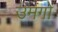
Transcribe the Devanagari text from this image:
उमंगो